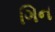
ગિન